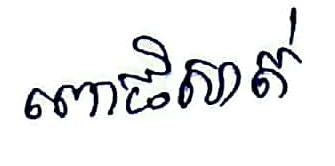
ពោធិសាត់